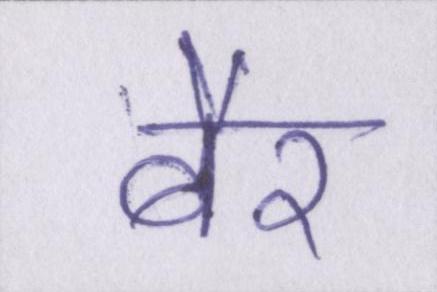
बैर